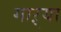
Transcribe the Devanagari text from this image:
गाऱ्या